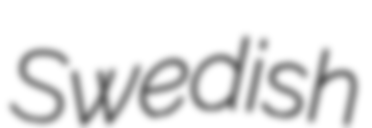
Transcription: Swedish